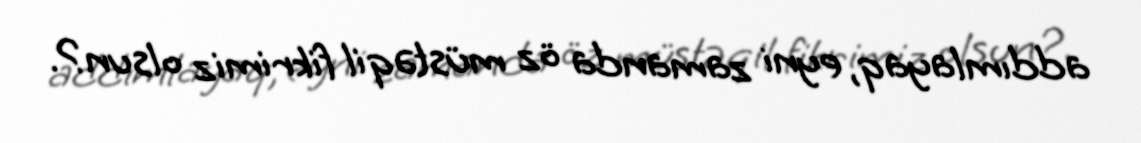
addımlayaq, eyni zamanda öz müstəqil fikrimiz olsun?.